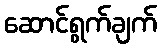
ဆောင်ရွက်ချက်